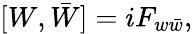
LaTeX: [W,\bar{W}]=iF_{w\bar{w}},